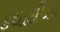
કથાકથિત